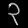
Digit: ၃